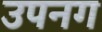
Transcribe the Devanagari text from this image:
उपनग